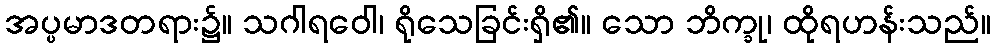
အပ္ပမာဒတရား၌။ သဂါရဝေါ၊ ရိုသေခြင်းရှိ၏။ သော ဘိက္ခု၊ ထိုရဟန်းသည်။